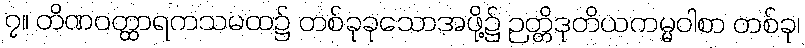
၇။ တိဏဝတ္ထာရကသမထ၌ တစ်ခုခုသောအဖို့၌ ဉတ္တိဒုတိယကမ္မဝါစာ တစ်ခု၊